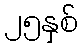
၂၅နှစ်